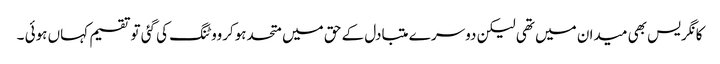
کانگریس بھی میدان میں تھی لیکن دوسر ے متبادل کے حق میں متحدہوکرووٹنگ کی گئی توتقسیم کہاں ہوئی ۔